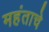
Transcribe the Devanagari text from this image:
महंताचे